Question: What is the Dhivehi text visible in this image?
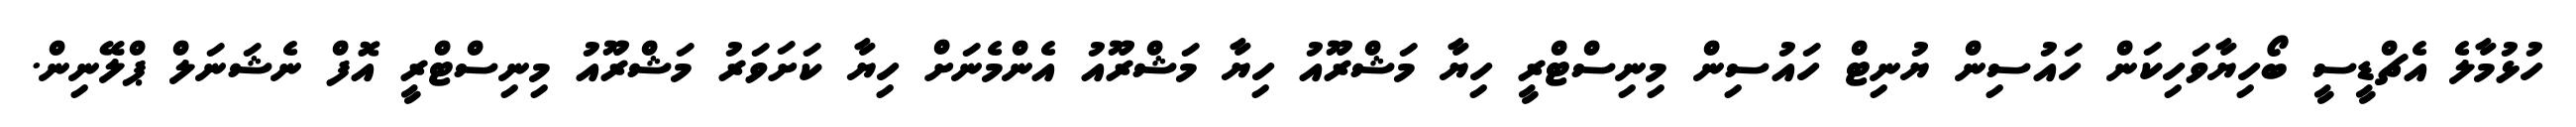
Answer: ހުޅުމާލެ އެޗްޑީސީ ބޯހިޔާވަހިކަން ހައުސިން ޔުނިޓް ހައުސިން މިނިސްޓްރީ ހިޔާ މަޝްރޫއު ހިޔާ މަޝްރޫއު އެންމެނަށް ހިޔާ ކަށަވަރު މަޝްރޫއު މިނިސްޓްރީ އޮފް ނެޝަނަލް ޕްލޭނިން.